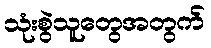
သုံးစွဲသူတွေအတွက်